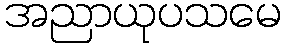
အညာယုပသမေ